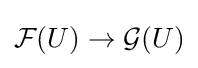
{\mathcal {F}}(U)\to {\mathcal {G}}(U)